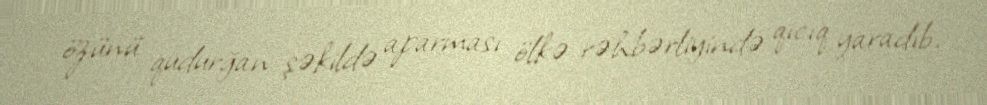
özünü qudurğan şəkildə aparması ölkə rəhbərliyində qıcıq yaradıb.